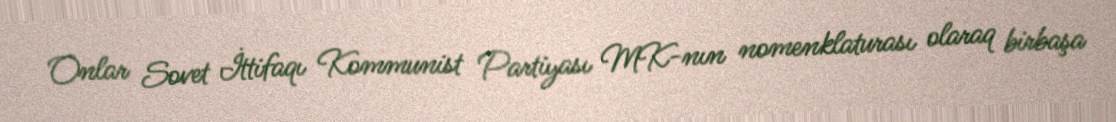
Onlar Sovet İttifaqı Kommunist Partiyası MK-nın nomenklaturası olaraq birbaşa